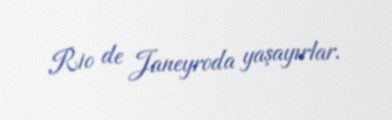
Rio de Janeyroda yaşayırlar.